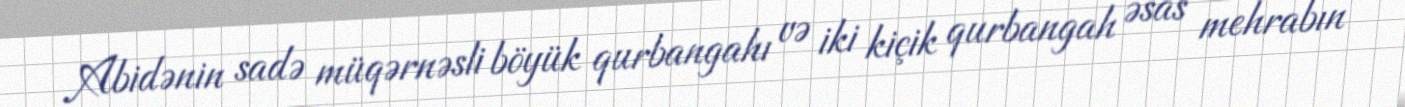
Abidənin sadə müqərnəsli böyük qurbangahı və iki kiçik qurbangah əsas mehrabın